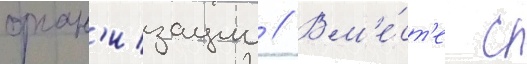
орган'изации // Вм'е́ст'е с